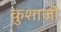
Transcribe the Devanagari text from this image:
कुशाजी